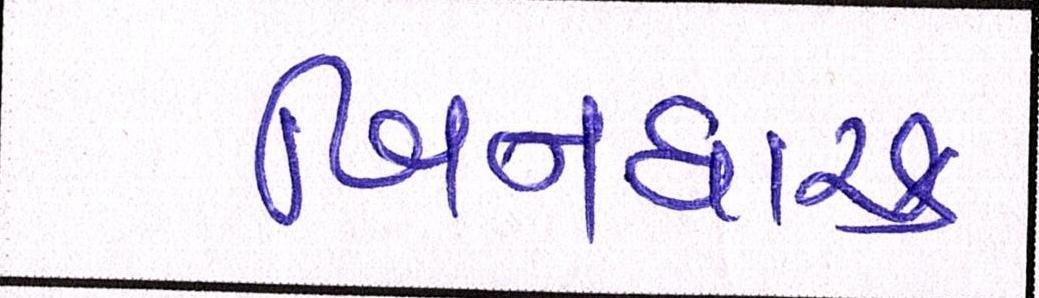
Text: બિનધાસ્ત